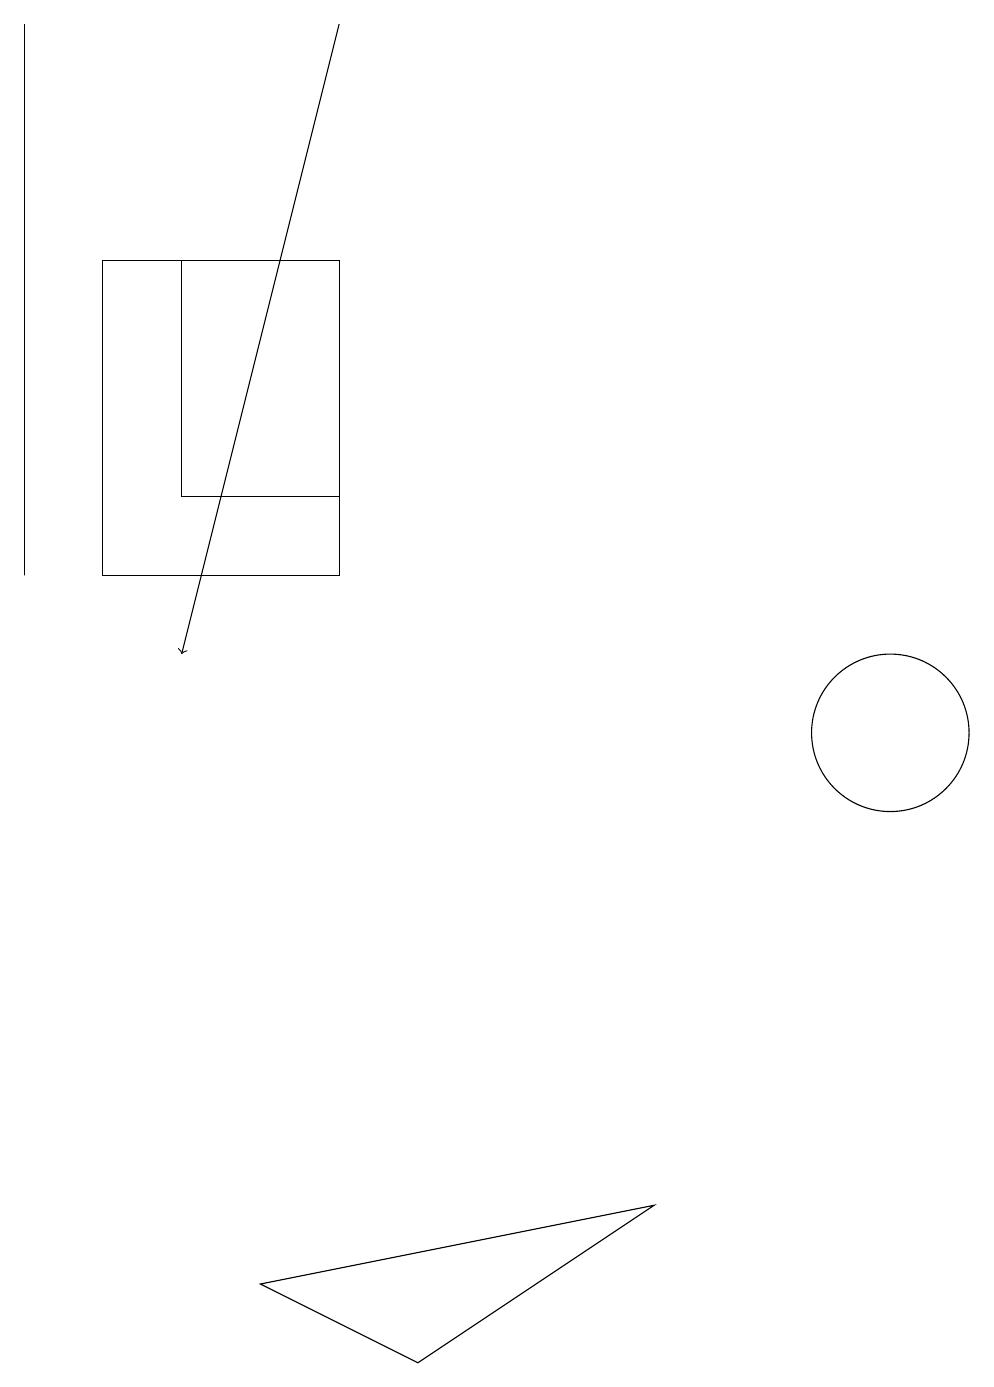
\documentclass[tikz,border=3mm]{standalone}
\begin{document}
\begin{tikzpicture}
\draw (0,19) rectangle (0,12);
\draw (1,12) rectangle (4,16);
\draw (4,16) rectangle (2,13);
\draw (11,10) circle (1);
\draw (3,3) -- (5,2) -- (8,4) -- cycle;
\draw[->] (4,19) -- (2,11);
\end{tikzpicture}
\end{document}